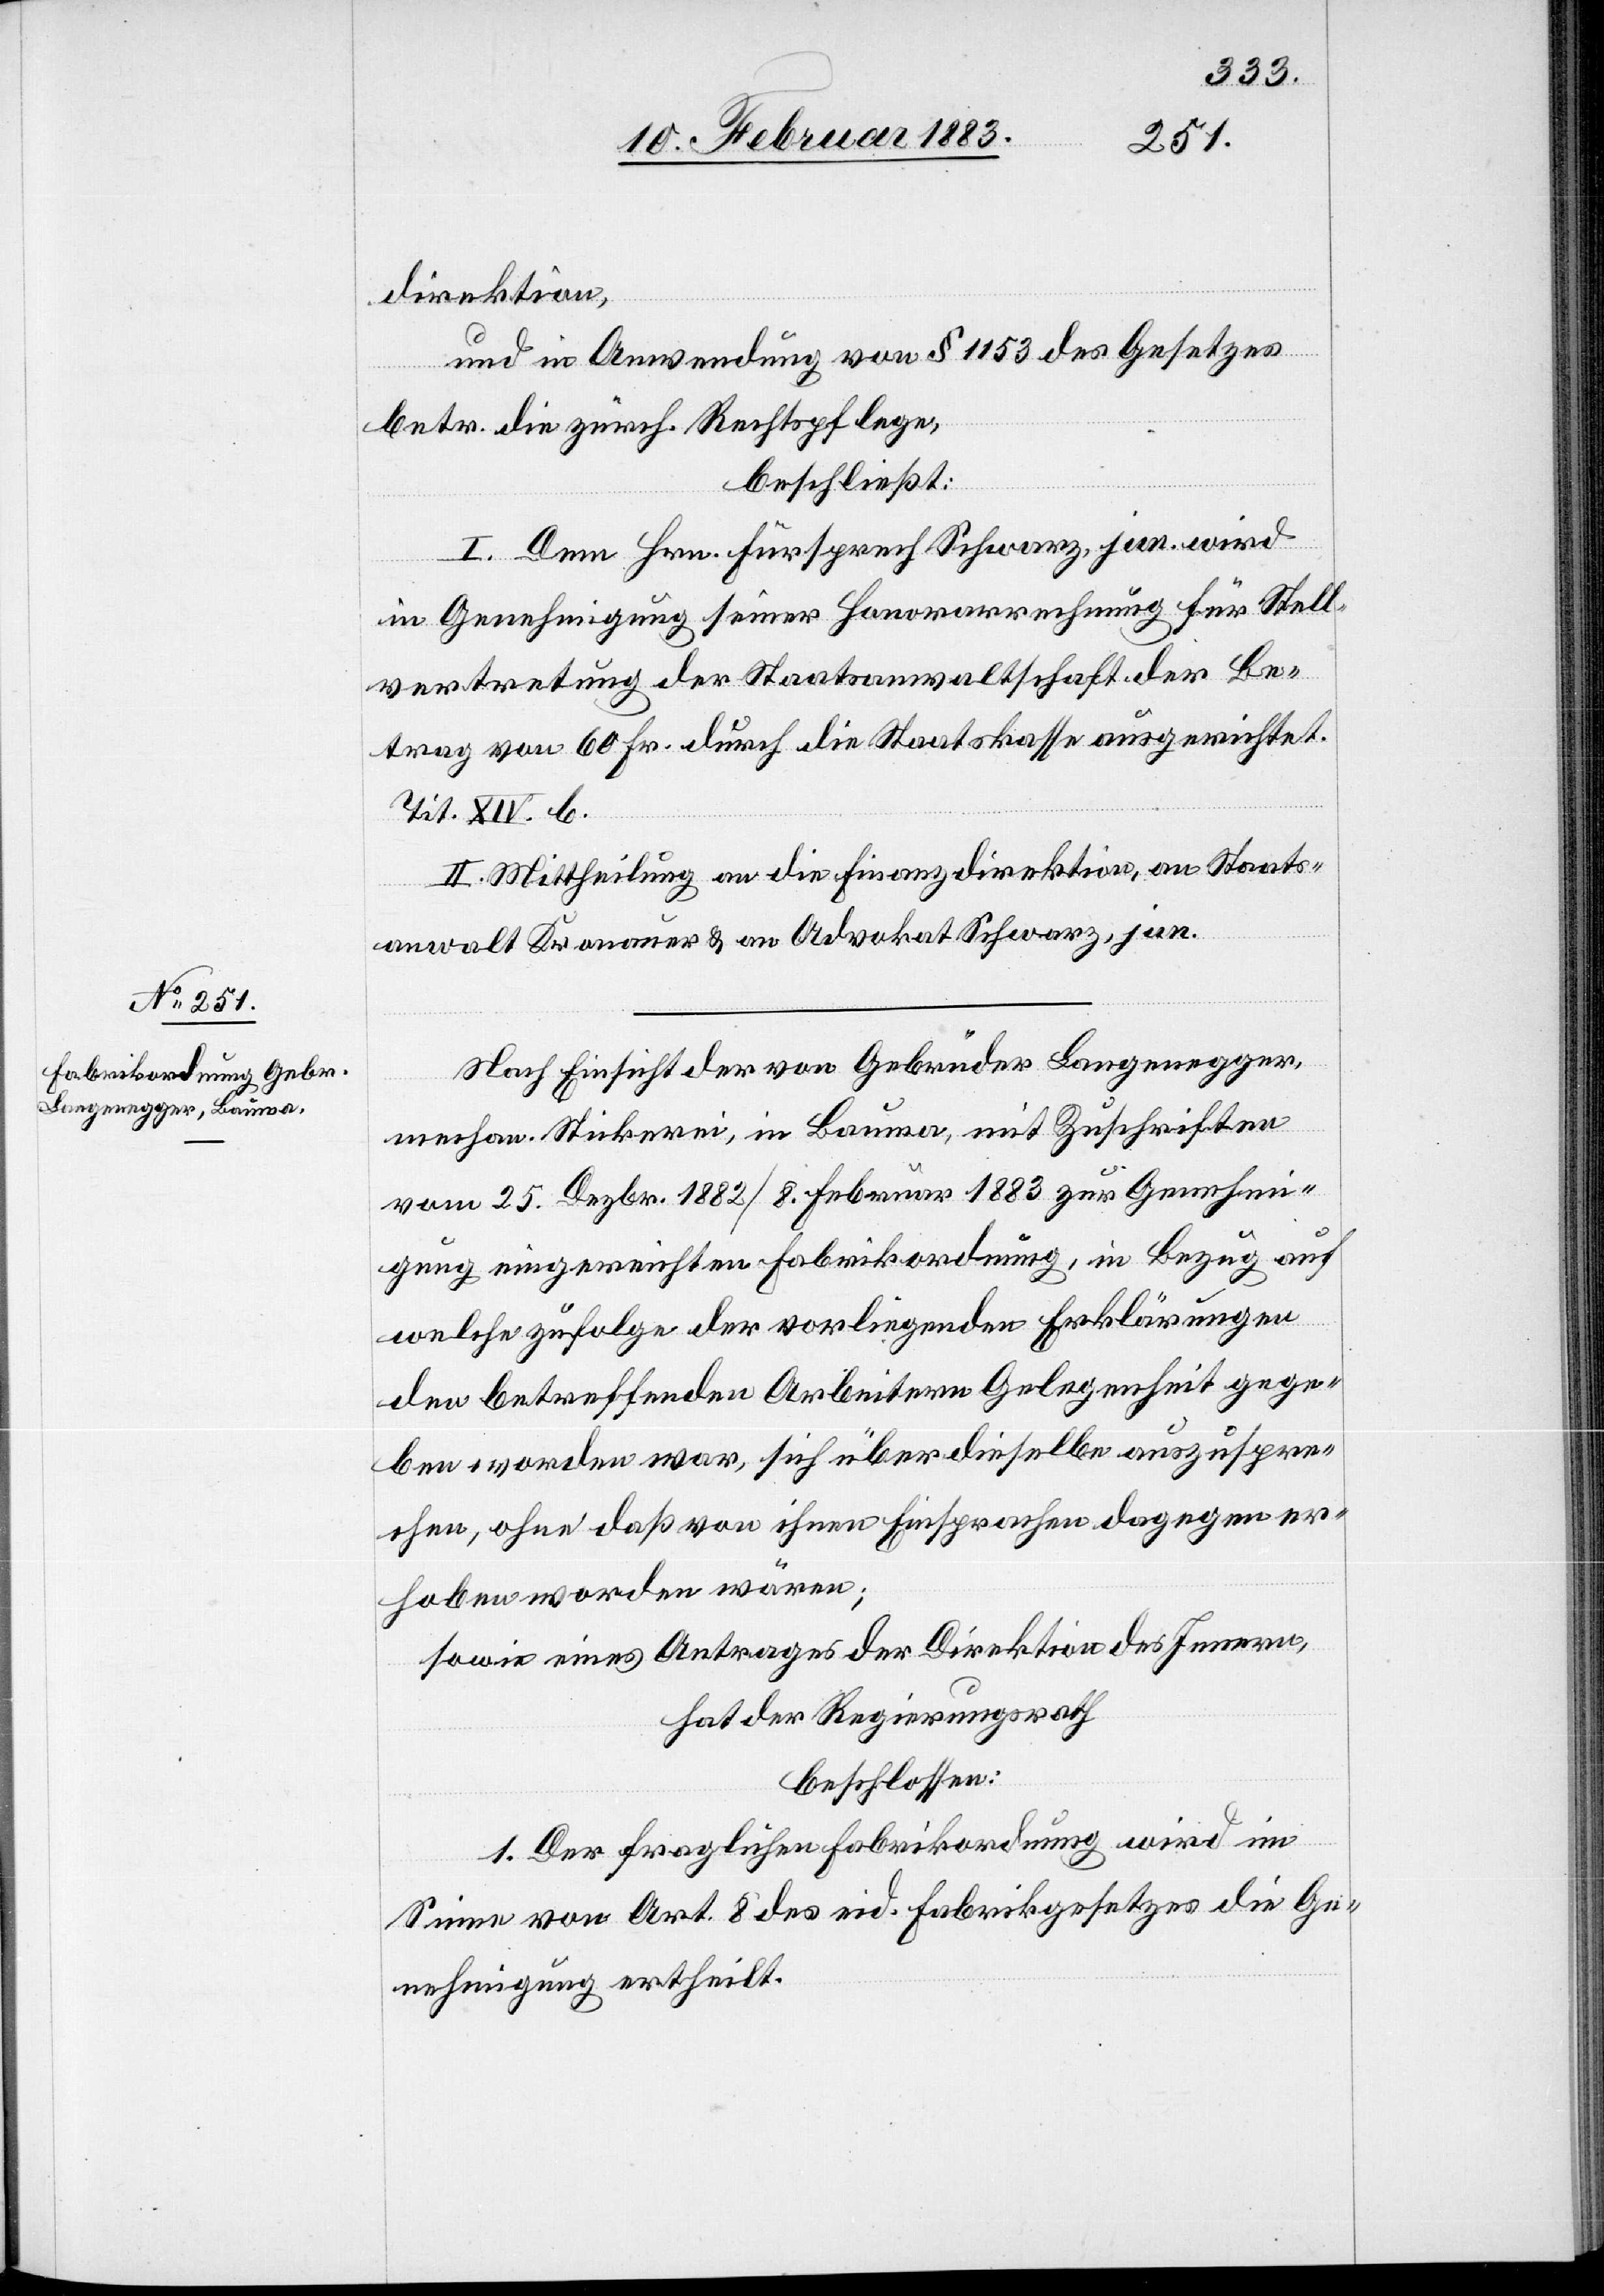
direktion,
und in Anwendung von § 1153 des Gesetzes
betr. die zürch. Rechtspflege,
beschließt:
I. Dem Hrn. Fürsprech Schwarz, jun. wird
in Genehmigung seiner Honorarrechnung für Stell¬
vertretung der Staatsanwaltschaft der Be¬
trag von 60 Fr. durch die Staatskasse ausgerichtet.
Tit. XIV. b.
II. Mittheilung an die Finanzdirektion, an Staats¬
anwalt Kronauer & an Advokat Schwarz, jun.
Nach Einsicht der von Gebrüder Langenegger,
mechan. Stickerei, in Bauma, mit Zuschriften
vom 25. Dezbr. 1882/8. Februar 1883 zur Genehmi¬
gung eingereichten Fabrikordnung, in Bezug auf
welche zufolge der vorliegenden Erklärungen
den betreffenden Arbeitern Gelegenheit gege¬
ben worden war, sich über dieselbe auszuspre¬
chen, ohne daß von ihnen Einsprachen dagegen er¬
hoben worden wären;
sowie eines Antrages der Direktion des Innern,
hat der Regierungsrath
beschlossen:
1. Der fraglichen Fabrikordnung wird im
Sinne von Art. 8 des eid. Fabrikgesetzes die Ge¬
nehmigung ertheilt.